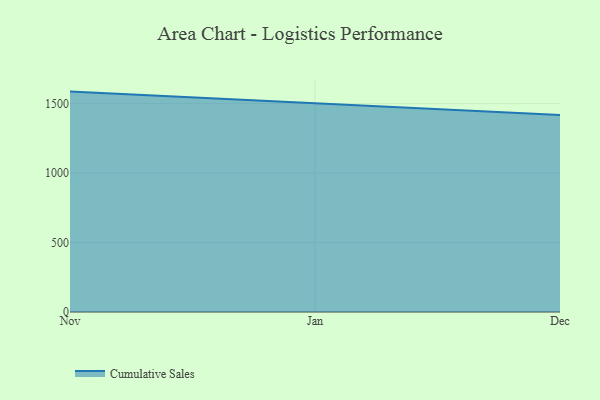
{"axis": {"x": "Month", "y": "Backlog"}, "legend": ["Cumulative Sales"], "data": [{"x": "Nov", "y": 1586.6, "type": "Cumulative Sales"}, {"x": "Jan", "y": 1500.6, "type": "Cumulative Sales"}, {"x": "Dec", "y": 1418.9, "type": "Cumulative Sales"}]}